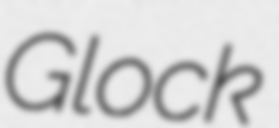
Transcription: Glock